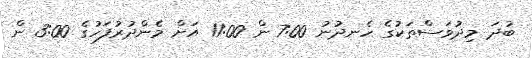
ބުދަ މިދުވަސްތަކުގެ ހެނދުނު 7:00 ން 11:00 އަށް މެންދުރުފަހުގެ 3:00 ން